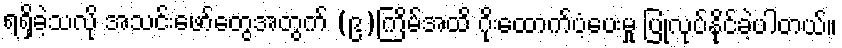
ရရှိခဲ့သလို အသင်းဖော်တွေအတွက် (၉)ကြိမ်အထိ ဂိုးထောက်ပံ့ပေးမှု ပြုလုပ်နိုင်ခဲ့ပါတယ်။